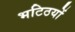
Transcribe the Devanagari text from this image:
भटिठयों